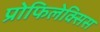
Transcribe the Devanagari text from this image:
प्रोफिलेक्सिस